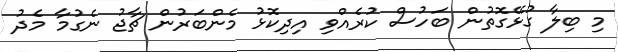
މި ބިލާ ގުޅޭގޮތުން ބަހުސް ކުރެއްވި އިދިކޮޅު މެންބަރުން ޗާޖު ނެގުމާ މެދު